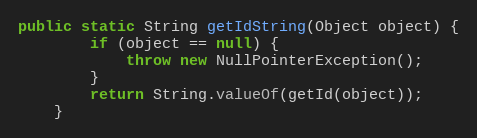
Language: Java
public static String getIdString(Object object) {
		if (object == null) {
			throw new NullPointerException();
		}
		return String.valueOf(getId(object));
	}